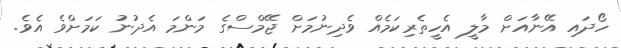
ހޯދައި އޭނާއަށް މާލީ އެހީތެރިކަމެއް ވެދިނުމަށް ޖޭމްސްގެ މަންމަ އެދުނު ކަމަށްވެ އެވެ.